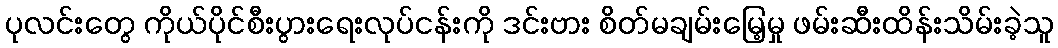
ပုလင်းတွေ ကိုယ်ပိုင်စီးပွားရေးလုပ်ငန်းကို ဒင်းဗား စိတ်မချမ်းမြေ့မှု ဖမ်းဆီးထိန်းသိမ်းခဲ့သူ